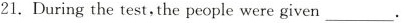
21. During the test,the people were given ___.